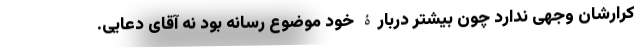
کرارشان وجهی ندارد چون بیشتر دربارۀ خود موضوع رسانه بود نه آقای دعایی.